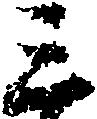
三